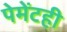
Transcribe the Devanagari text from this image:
पेमेंटही